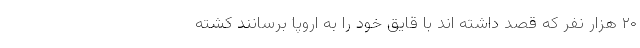
۲۰ هزار نفر که قصد داشته اند با قایق خود را به اروپا برسانند کشته